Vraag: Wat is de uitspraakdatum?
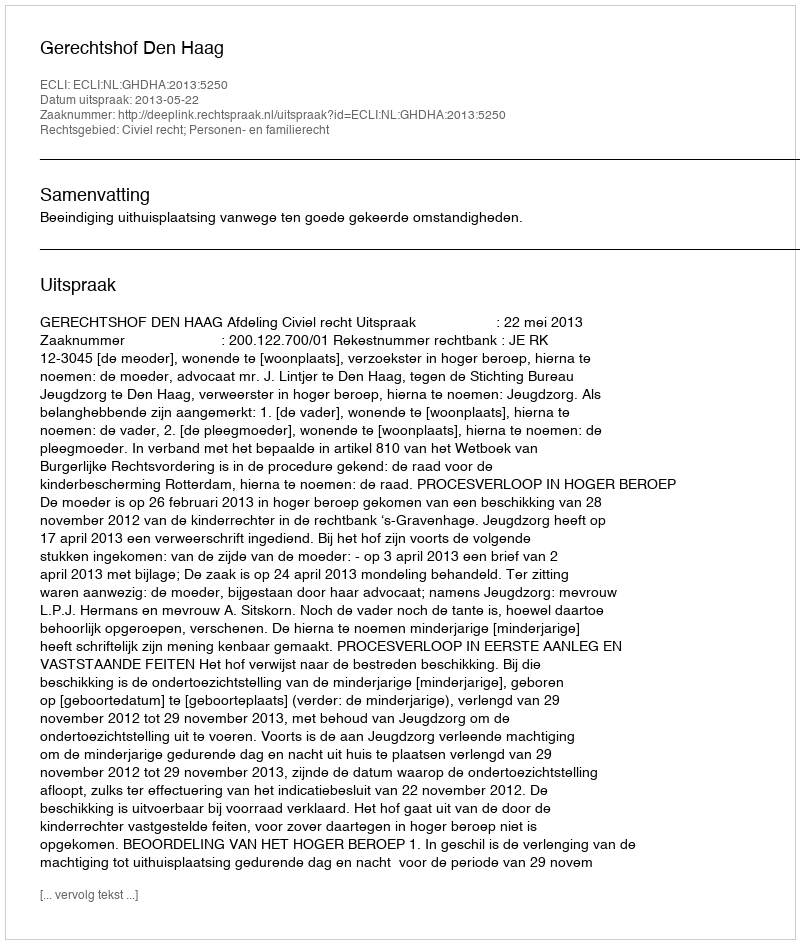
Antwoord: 2013-05-22